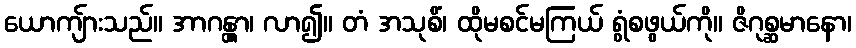
ယောကျ်ားသည်။ အာဂန္တွာ၊ လာ၍။ တံ အသုစိံ၊ ထိုမစင်မကြယ် ရွံစဖွယ်ကို။ ဇိဂုစ္ဆမာနော၊